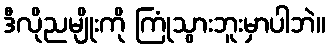
ဒီလိုညမျိုးကို ကြုံသွားဘူးမှာပါဘဲ။